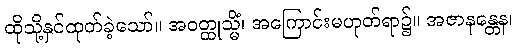
ထိုသို့နှင်ထုတ်ခဲ့သော်။ အဝတ္ထုသ္မိံ၊ အကြောင်းမဟုတ်ရာ၌။ အဇာနန္တေန၊